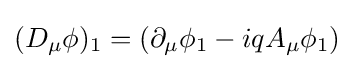
(D_{\mu }\phi )_{1}=(\partial _{\mu }\phi _{1}-iqA_{\mu }\phi _{1})